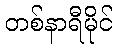
တစ်နာရီမိုင်